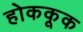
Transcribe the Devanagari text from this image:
होककूक